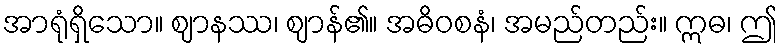
အာရုံရှိသော။ ဈာနဿ၊ ဈာန်၏။ အဓိဝစနံ၊ အမည်တည်း။ ဣဓ၊ ဤ